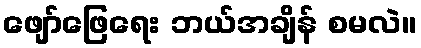
ဖျော်ဖြေရေး ဘယ်အချိန် စမလဲ။